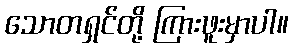
သောတရှင်တို့ ကြားဖူးမှာပါ။